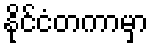
နိုင်ငံတကာမှာ